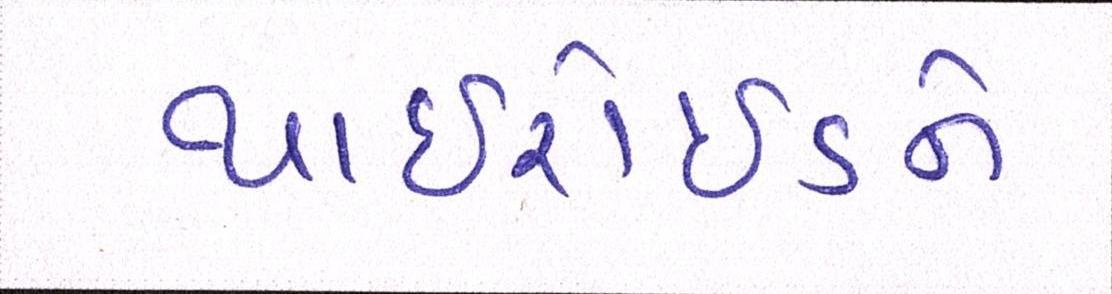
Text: થાઈરોઈડને